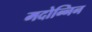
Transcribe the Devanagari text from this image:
मदोन्निन